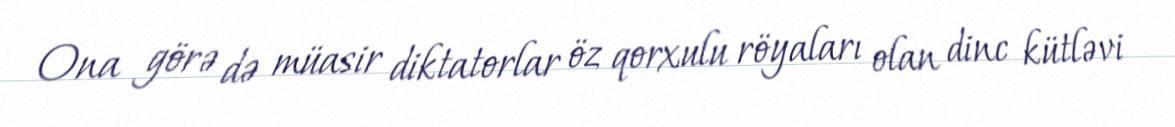
Ona görə də müasir diktatorlar öz qorxulu röyaları olan dinc kütləvi